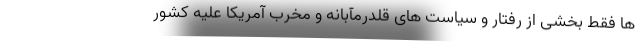
ها فقط بخشی از رفتار و سیاست های قلدرمآبانه و مخرب آمریکا علیه کشور